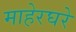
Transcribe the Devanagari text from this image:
माहेरघरे